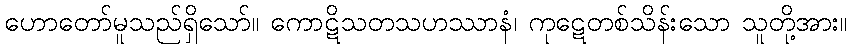
ဟောတော်မူသည်ရှိသော်။ ကောဋိသတသဟဿာနံ၊ ကုဋေတစ်သိန်းသော သူတို့အား။